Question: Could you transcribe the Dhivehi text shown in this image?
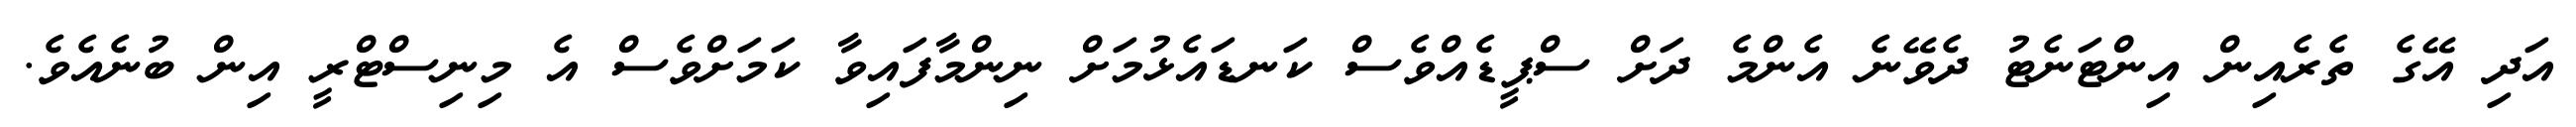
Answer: އަދި އޭގެ ތެރެއިން އިންޓަނެޓު ދެވޭނެ އެންމެ ދަށް ސްޕީޑެއްވެސް ކަނޑައެޅުމަށް ނިންމާފައިވާ ކަމަށްވެސް އެ މިނިސްޓްރީ އިން ބުނެއެވެ.